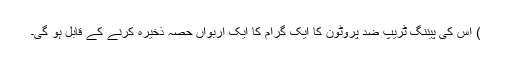
) اس کی پیننگ ٹریپ ضد پروٹون کا ایک گرام کا ایک اربواں حصّہ ذخیرہ کرنے کے قابل ہو گی۔